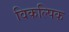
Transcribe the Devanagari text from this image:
विकल्पिक